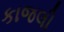
કાજલી